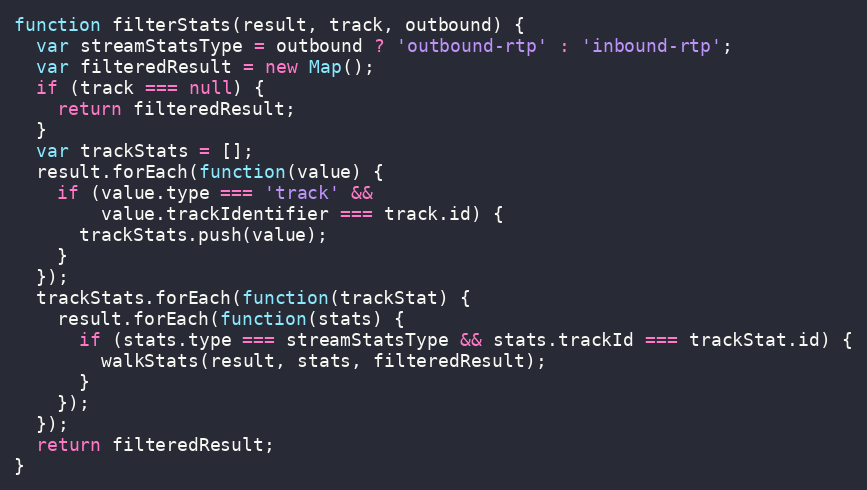
Language: JavaScript
function filterStats(result, track, outbound) {
  var streamStatsType = outbound ? 'outbound-rtp' : 'inbound-rtp';
  var filteredResult = new Map();
  if (track === null) {
    return filteredResult;
  }
  var trackStats = [];
  result.forEach(function(value) {
    if (value.type === 'track' &&
        value.trackIdentifier === track.id) {
      trackStats.push(value);
    }
  });
  trackStats.forEach(function(trackStat) {
    result.forEach(function(stats) {
      if (stats.type === streamStatsType && stats.trackId === trackStat.id) {
        walkStats(result, stats, filteredResult);
      }
    });
  });
  return filteredResult;
}